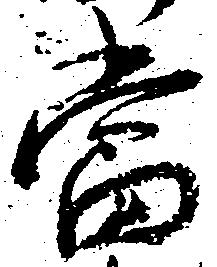
当